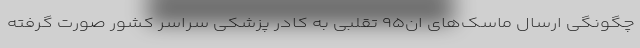
چگونگی ارسال ماسک‌های ان۹۵ تقلبی به کادر پزشکی سراسر کشور صورت گرفته